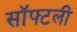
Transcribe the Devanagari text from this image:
सॉफ्टली